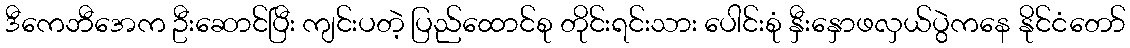
ဒီကေဘီအေက ဦးဆောင်ပြီး ကျင်းပတဲ့ ပြည်ထောင်စု တိုင်းရင်းသား ပေါင်းစုံ နှီးနှောဖလှယ်ပွဲကနေ နိုင်ငံတော်